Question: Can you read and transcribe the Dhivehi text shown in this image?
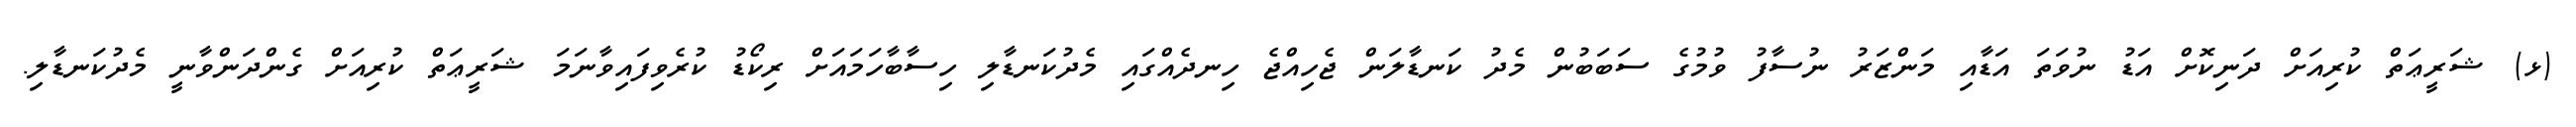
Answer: (ޅ) ޝަރީޢަތް ކުރިއަށް ދަނިކޮށް އަޑު ނުވަތަ އަޑާއި މަންޒަރު ނުސާފު ވުމުގެ ސަބަބުން މެދު ކަނޑާލަން ޖެހިއްޖެ ހިނދެއްގައި މެދުކަނޑާލި ހިސާބާހަމައަށް ރިކޯޑު ކުރެވިފައިވާނަމަ ޝަރީޢަތް ކުރިއަށް ގެންދަންވާނީ މެދުކަނޑާލި.